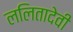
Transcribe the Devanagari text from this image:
ललितादेवी